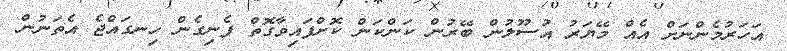
އަހަރުމެންނަށް އެއް މޭޔަރު އުސޫލުން ބޭރުން ކަންކަން ކޮށްފައިވާގޮތް ފެނިގެން ހިނގައްޖެ އެތަނުން